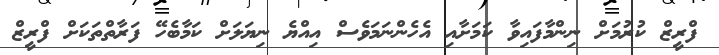
ފްރީޒް ކުރުމަށް ނިންމާފައިވާ ކަމަށާއި އެހެންނަމަވެސް އިއްޔެ ނިޔަލަށް ކަމާބެހޭ ފަރާތްތަކަށް ފްރީޒް